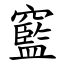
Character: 䆾